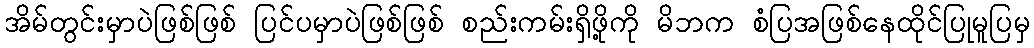
အိမ်တွင်းမှာပဲဖြစ်ဖြစ် ပြင်ပမှာပဲဖြစ်ဖြစ် စည်းကမ်းရှိဖို့ကို မိဘက စံပြအဖြစ်နေထိုင်ပြုမူပြမှ